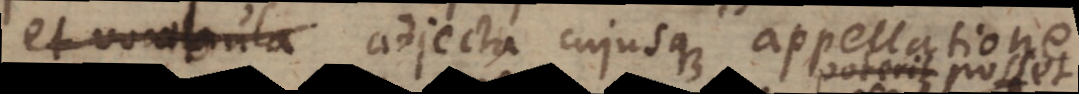
et vocabula adjecta cujusque appellatione.